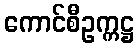
ကောင်စီဥက္ကဋ္ဌ